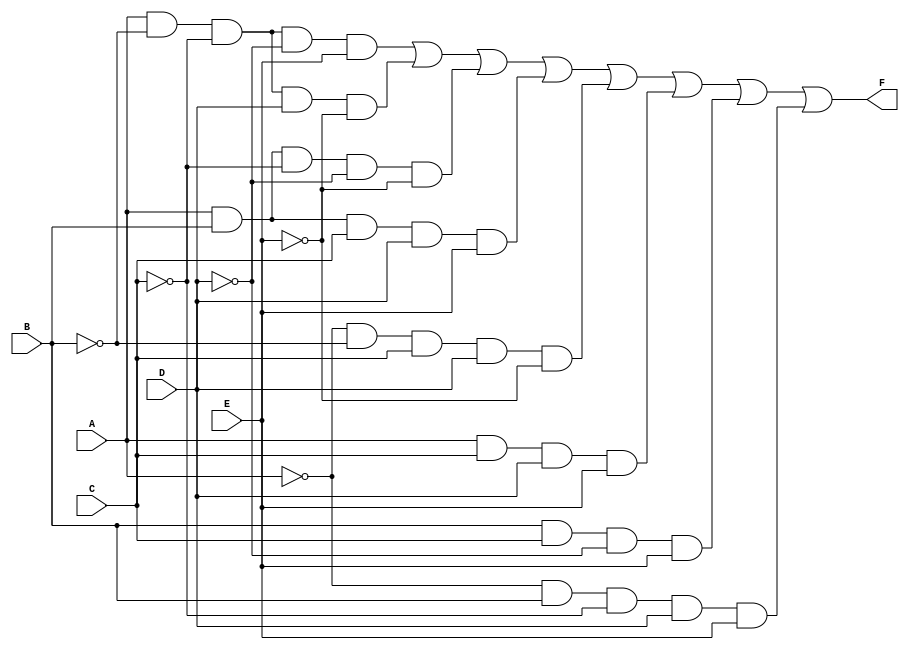
module kmap_5var (
    input wire A, // Variable A
    input wire B, // Variable B
    input wire C, // Variable C
    input wire D, // Variable D
    input wire E, // Variable E
    output wire F // Output F
);

// Output logic derived from the K-map Groups.
// The following example is a hypothetical mapping; replace the terms with actual minterm combinations based on your specific K-map.
assign F = (A & ~B & ~C & ~D & E) | // m0
           (A & ~B & ~C & D & ~E) | // m4
           (A & B & ~C & ~D & ~E) | // m6
           (A & B & C & D & E) |     // m31
           (~A & ~B & C & D & ~E) |  // m16
           (A & C & D & E) |         // m28
           (B & C & ~D & E) |        // m21
           (~A & B & ~C & D & E);    // m18

endmodule